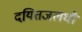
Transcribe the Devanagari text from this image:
दयितजलधौ